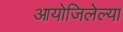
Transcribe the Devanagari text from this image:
आयोजिलेल्या